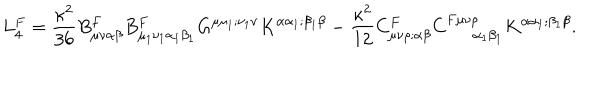
L _ { 4 } ^ { F } = \frac { \kappa ^ { 2 } } { 3 6 } B _ { \mu \nu \alpha \beta } ^ { F } B _ { \mu _ { 1 } \nu _ { 1 } \alpha _ { 1 } \beta _ { 1 } } ^ { F } G ^ { \mu \mu _ { 1 } ; \nu _ { 1 } \nu } K ^ { \alpha \alpha _ { 1 } ; \beta _ { 1 } \beta } - \frac { \kappa ^ { 2 } } { 1 2 } C _ { \mu \nu \rho ; \alpha \beta } ^ { F } C _ { \alpha _ { 1 } \beta _ { 1 } } ^ { F \mu \nu \rho } K ^ { \alpha \alpha _ { 1 } ; \beta _ { 1 } \beta } .